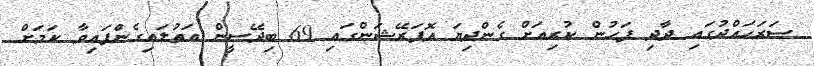
ސަރަހައްދުގައި ދާދި ފަހުން ކުރިއަށް ގެންދިޔަ އޮޕަރޭޝަންގައި 69 ބިދޭސީން އަތުލައިގެންފައިވާ ކަމަށް